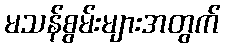
မသန်စွမ်းများအတွက်